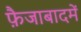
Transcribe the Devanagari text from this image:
फ़ैजाबादमें